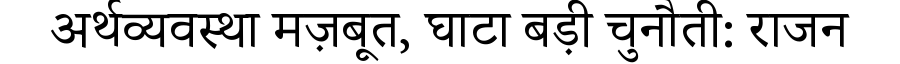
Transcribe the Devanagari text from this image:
अर्थव्यवस्था मज़बूत, घाटा बड़ी चुनौती: राजन